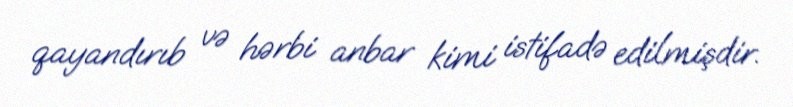
qayandırıb və hərbi anbar kimi istifadə edilmişdir.